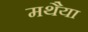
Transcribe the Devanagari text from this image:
मथैया